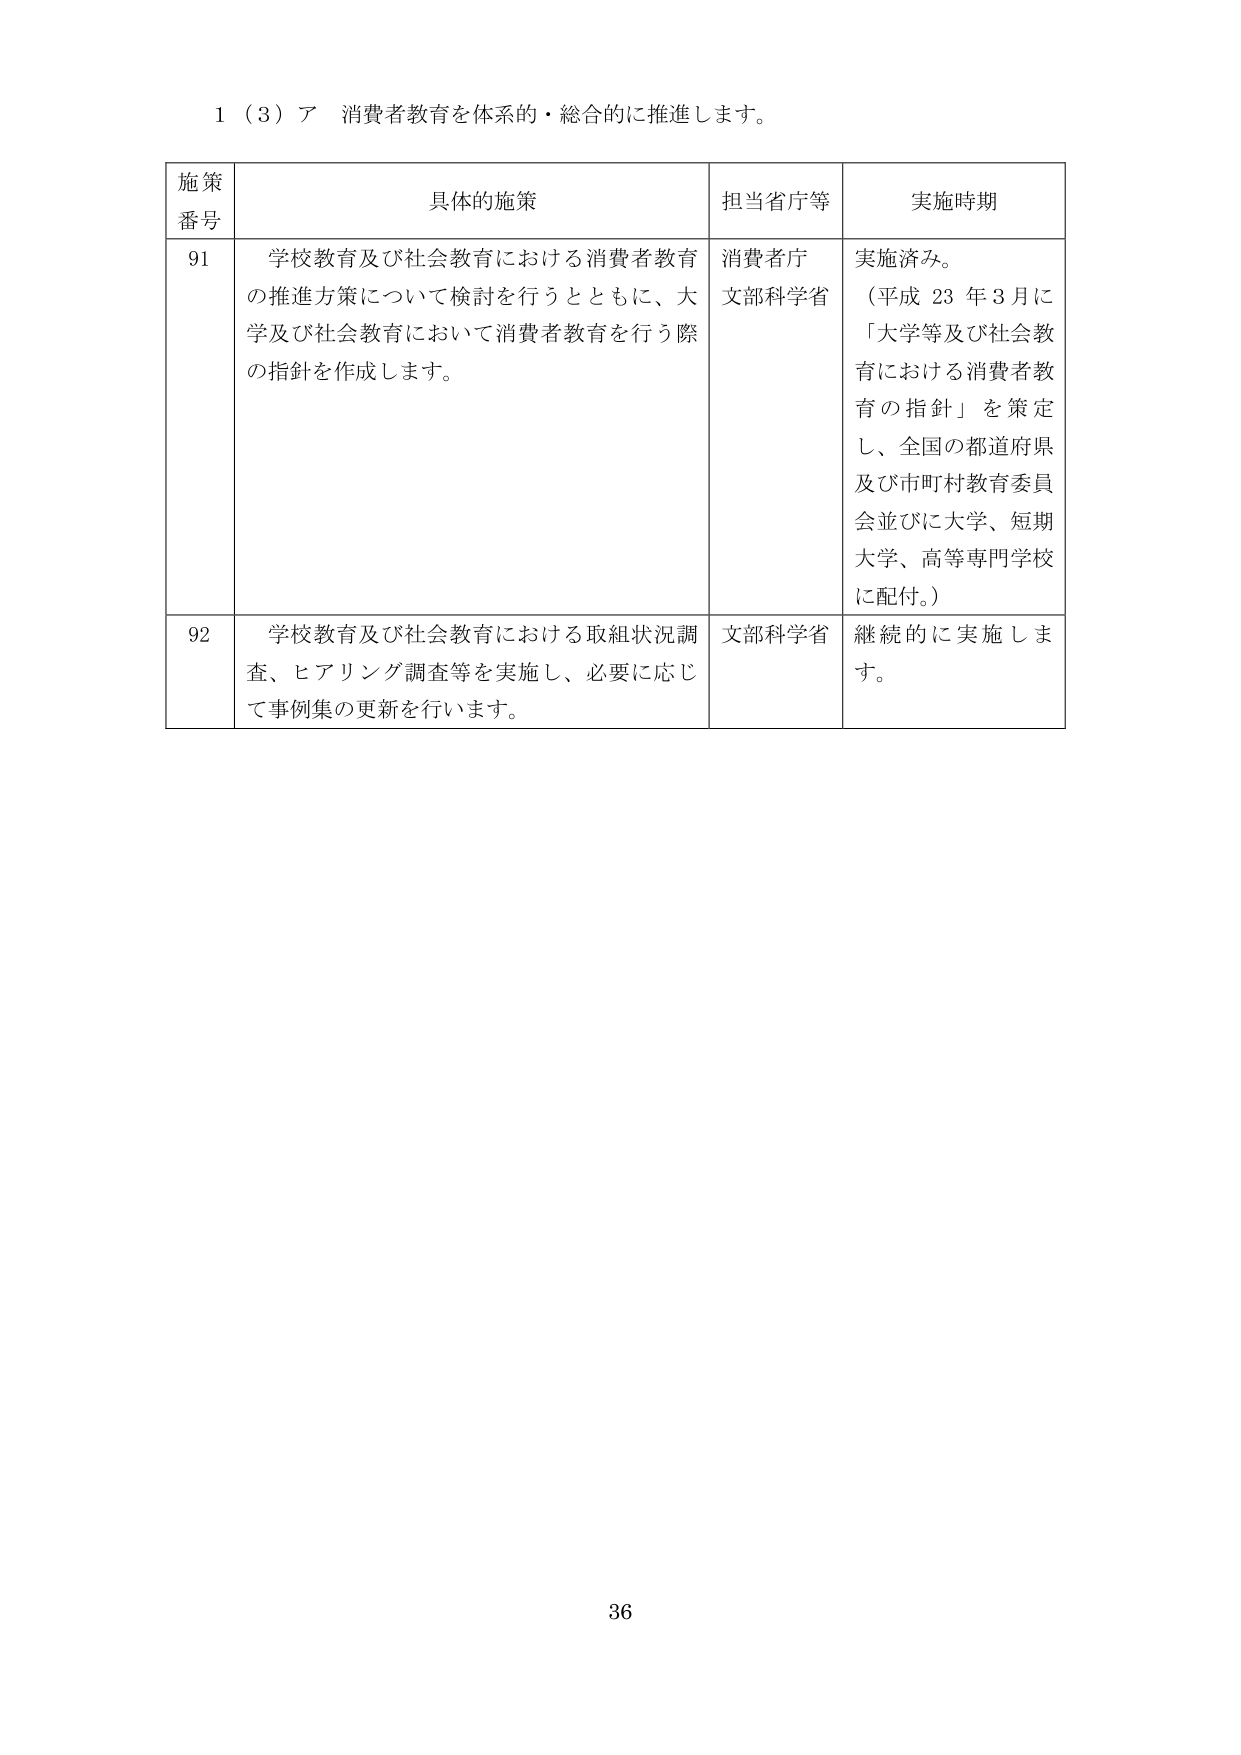
1（3）ア 消費者教育を体系的・総合的に推進します。

施策番号 具体的施策 担当省庁等 実施時期
91 学校教育及び社会教育における消費者教育の推進方策について検討を行うとともに、大学及び社会教育において消費者教育を行う際の指針を作成します。 消費者庁 文部科学省 実施済み。（平成23年3月に「大学等及び社会教育における消費者教育の指針」を策定し、全国の都道府県及び市町村教育委員会並びに大学、短期大学、高等専門学校に配付。）
92 学校教育及び社会教育における取組状況調査、ヒアリング調査等を実施し、必要に応じて事例集の更新を行います。 文部科学省 継続的に実施します。

36